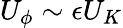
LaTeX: U_{\phi}\sim\epsilon U_{K}